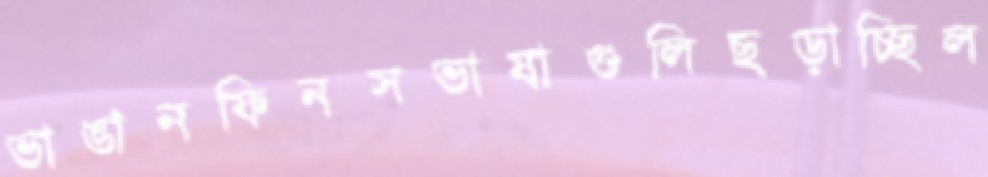
ভাঙানফিনসভাষাগুলিছড়াচ্ছিল